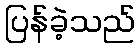
ပြန်ခဲ့သည်